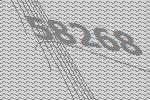
58268